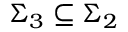
\Sigma _ { 3 } \subseteq \Sigma _ { 2 }